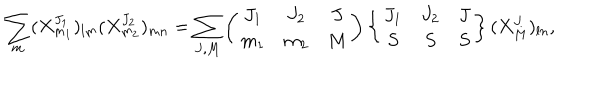
LaTeX: \sum _ { m } ( X _ { m _ { 1 } } ^ { J _ { 1 } } ) _ { l m } ( X _ { m _ { 2 } } ^ { J _ { 2 } } ) _ { m n } = \sum _ { J , M } \left( \begin{array} { c c c } { { J _ { 1 } } } & { { J _ { 2 } } } & { { J } } \\ { { m _ { 1 } } } & { { m _ { 2 } } } & { { M } } \\ \end{array} \right) \left\{ \begin{array} { c c c } { { J _ { 1 } } } & { { J _ { 2 } } } & { { J } } \\ { { S } } & { { S } } & { { S } } \\ \end{array} \right\} ( X _ { M } ^ { J } ) _ { l n } ,